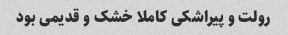
رولت و پیراشکی کاملا خشک و قدیمی بود